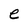
Character: e